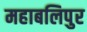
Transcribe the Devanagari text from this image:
महाबलिपुर